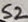
Text: S2